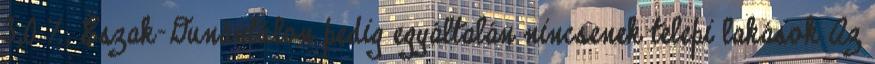
3,0 %, Észak-Dunántúlon pedig egyáltalán nincsenek telepi lakások Az